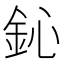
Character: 鈊